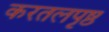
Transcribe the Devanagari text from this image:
करतलपृष्ठ